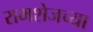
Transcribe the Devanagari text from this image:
रामशेजच्या